Indian journal of veterinary science and animal husbandry - Volume 13,
Year: 1943
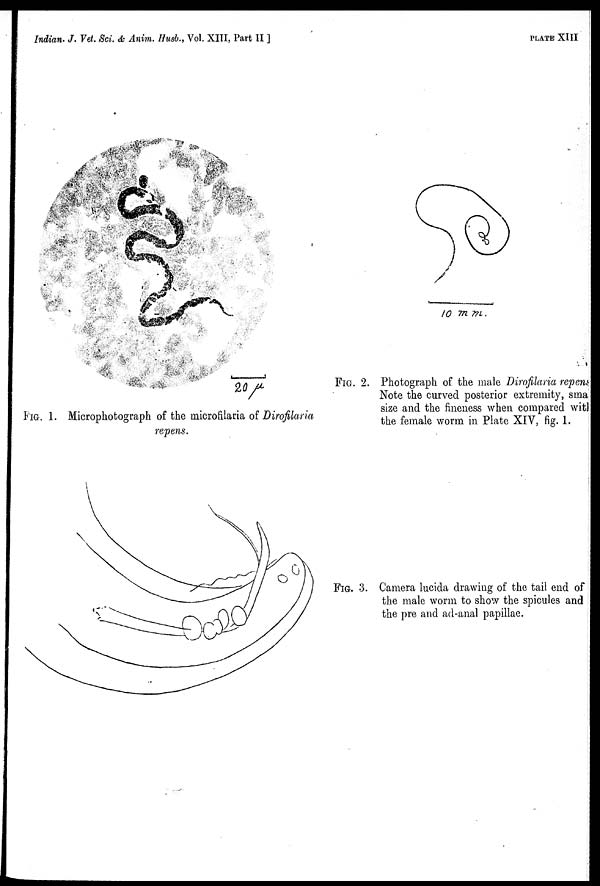
Indian. J. Vet. Sci. & Anim. Husb., Vol. XIII, Part II ]
PLATE XIII
FIG. 1. Microphotograph of the microfilaria of Dirofilaria
repens.
FIG. 2. Photograph of the male Dirofilaria repens
Note the curved posterior extremity, sma
size and the fineness when compared with
the female worm in Plate XIV, fig. 1.
FIG. 3. Camera lucida drawing of the tail end of
the male worm to show the spicules and
the pre and ad-anal papillae.